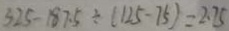
3 2 5 - 1 8 7 . 5 \div ( 1 2 5 - 7 5 ) = 2 . 7 5